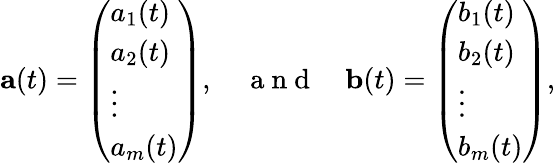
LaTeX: \mathbf{a}(t)=\left(\begin{array}{l}{a_{1}(t)}\\ {a_{2}(t)}\\ {\vdots}\\ {a_{m}(t)}\end{array}\right),\quad\mathrm{~a~n~d~}\quad\mathbf{b}(t)=\left(\begin{array}{l}{b_{1}(t)}\\ {b_{2}(t)}\\ {\vdots}\\ {b_{m}(t)}\end{array}\right),